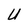
Character: U